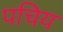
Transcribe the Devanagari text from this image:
पचिय